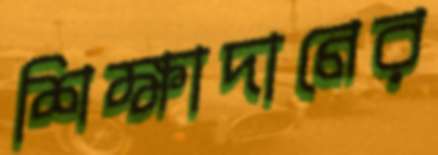
শিক্ষাদানের